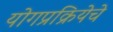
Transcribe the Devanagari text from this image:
योगप्रक्रियेचे